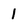
Character: 1